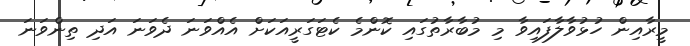
މީރާއިން ހުޅުވާލާފައިވާ މި މުބާރާތުގައި ކޮންމެ ކެޓަގަރީއަކަށް އެއްވަނަ ދެވަނަ އަދި ތިންވަނަ